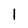
Character: l